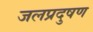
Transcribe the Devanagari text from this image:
जलप्रदुषण